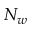
N _ { w }